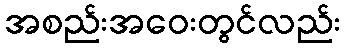
အစည်းအဝေးတွင်လည်း